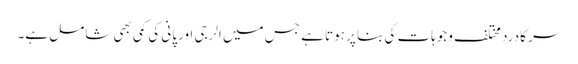
سر کا درد مختلف وجوہات کی بنا پر ہوتا ہے جس میں الرجی اور پانی کی کمی بھی شامل ہے۔